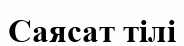
Саясат тілі